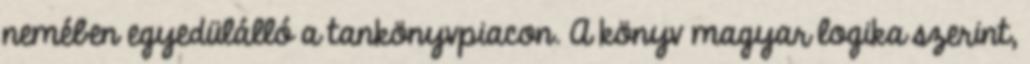
nemében egyedülálló a tankönyvpiacon. A könyv magyar logika szerint,